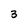
Character: 3